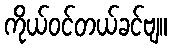
ကိုယ်ဝင်တယ်ခင်ဗျ။